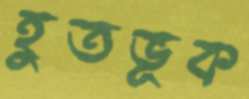
হুতভূক